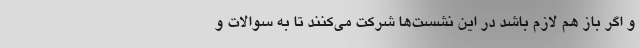
و اگر باز هم لازم باشد در این نشست‌ها شرکت می‌کنند تا به سوالات و